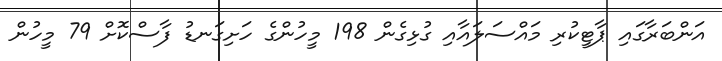
އަންބަރާގައި ޕާޓީކުރި މައްސަލައާއި ގުޅިގެން 198 މީހުންގެ ހަށިގަނޑު ފާސްކޮށް 79 މީހުން